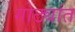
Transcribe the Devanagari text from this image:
गोठ्यांत